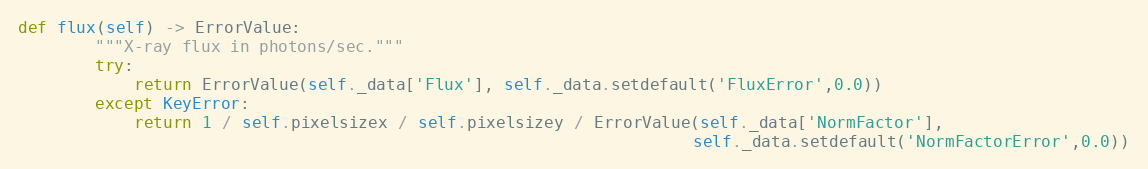
Language: Python
def flux(self) -> ErrorValue:
        """X-ray flux in photons/sec."""
        try:
            return ErrorValue(self._data['Flux'], self._data.setdefault('FluxError',0.0))
        except KeyError:
            return 1 / self.pixelsizex / self.pixelsizey / ErrorValue(self._data['NormFactor'],
                                                                      self._data.setdefault('NormFactorError',0.0))